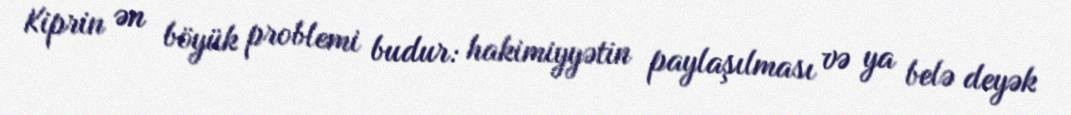
Kiprin ən böyük problemi budur: hakimiyyətin paylaşılması və ya belə deyək